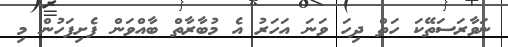
ނަވާރަސަތޭކަ ހަތް ދިހަ ވަނަ އަހަރު އެ މުބާރާތް ބާއްވަން ފެށިފަހުން މި